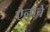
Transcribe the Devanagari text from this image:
ऐनाचे